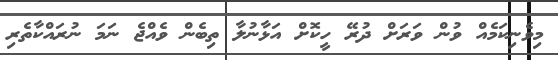
މިވެނިކަމެއް ވުން ވަރަށް ދުރޭ ހީކޮށް އަޅާނުލާ ތިބެން ވެއްޖެ ނަމަ ނުރައްކާތެރި